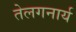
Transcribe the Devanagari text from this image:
तेलगनार्य